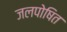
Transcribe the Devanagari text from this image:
जलपोषित